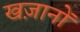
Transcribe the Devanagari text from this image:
खज़ानों